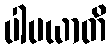
ပါပယာတိ